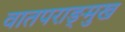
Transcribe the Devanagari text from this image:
वातपराङ्‌मुख